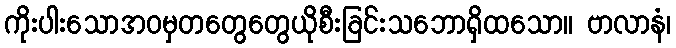
ကိုးပါးသောအဝမှတတွေတွေယိုစီးခြင်းသဘောရှိထသော။ ဗာလာနံ၊